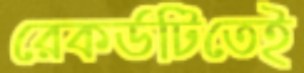
রেকর্ডটিতেই